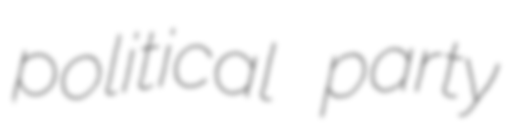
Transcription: political party